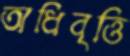
অধিবৃত্তি